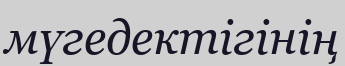
мүгедектігінің